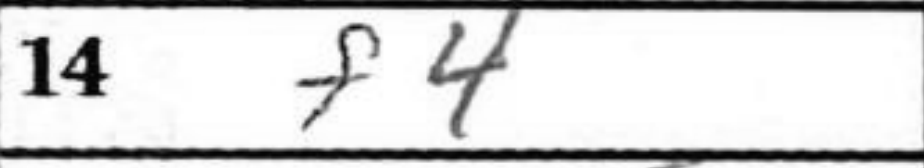
Transcription: f4